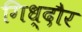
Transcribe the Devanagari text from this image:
गिध्दौर